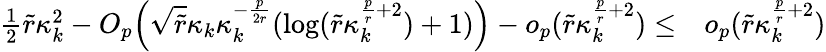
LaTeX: \begin{array}{rl}{\frac{1}{2}\widetilde{r}\kappa_{k}^{2}-O_{p}\Big(\sqrt{\widetilde{r}}\kappa_{k}\kappa_{k}^{-\frac{p}{2r}}(\log(\widetilde{r}\kappa_{k}^{\frac{p}{r}+2})+1)\Big)-o_{p}(\widetilde{r}\kappa_{k}^{\frac{p}{r}+2})\le}&{o_{p}(\widetilde{r}\kappa_{k}^{\frac{p}{r}+2})}\end{array}